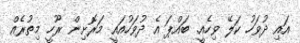
އައި ދުވަހު ކަލޭ ވިހެއީ. ބައްޕަ އެ ދުވަހުއައީ މަރޮށިން ރޫހީ މިތުރެއް